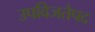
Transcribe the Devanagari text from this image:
उपविजतेपद